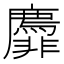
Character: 𬰟